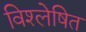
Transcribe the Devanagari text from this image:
विश्‍लेषित